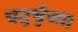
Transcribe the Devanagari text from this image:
चतुर्भुजा।